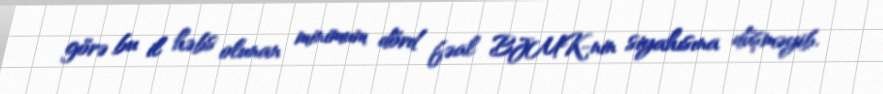
görə bu il həbs olunan minimum dörd fəal BJMK-nin siyahısına düşməyib.